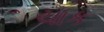
ચાક